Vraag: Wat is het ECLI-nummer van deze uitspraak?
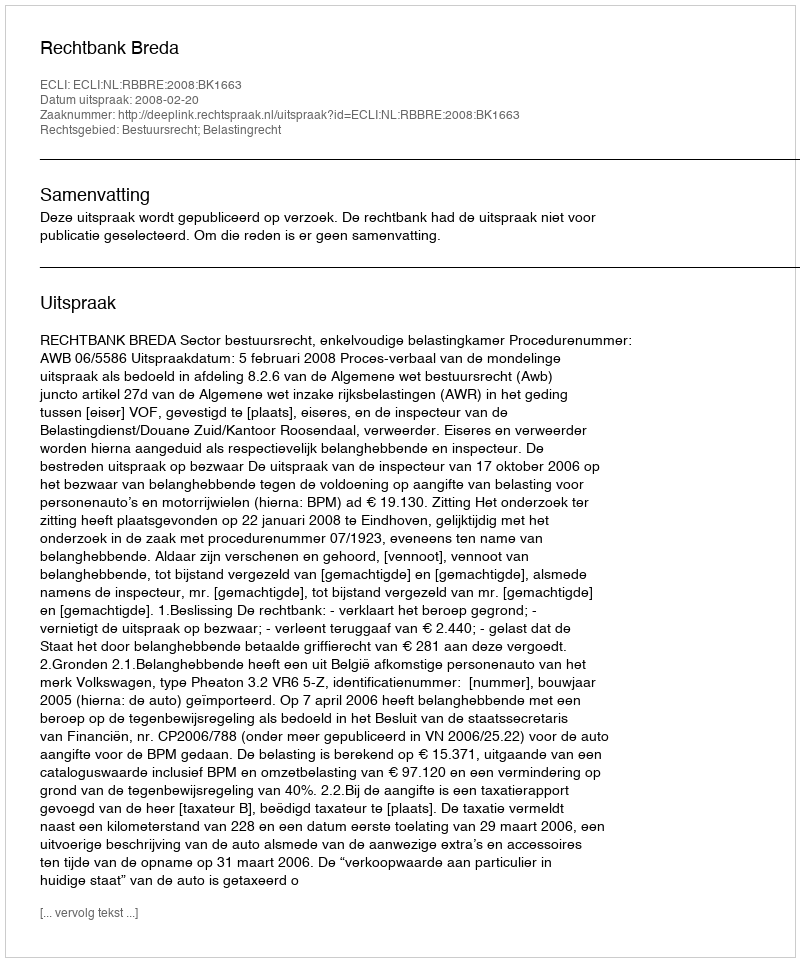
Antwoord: ECLI:NL:RBBRE:2008:BK1663